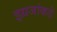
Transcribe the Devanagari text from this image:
इग्रजांकडे